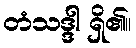
တံသဒ္ဒါ ရှိ၏။